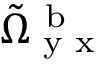
\tilde { \Omega } _ { \textup { y x } } ^ { \mathrm { ~ b ~ } }